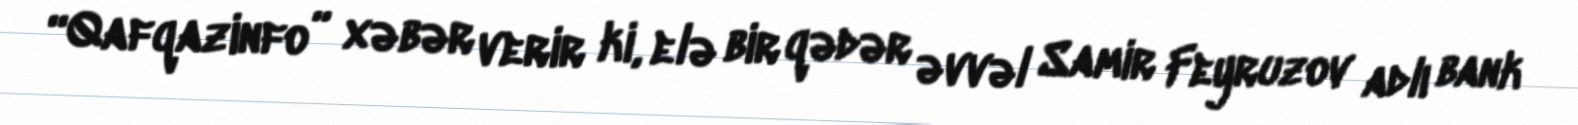
“Qafqazinfo” xəbər verir ki, elə bir qədər əvvəl Samir Feyruzov adlı bank